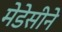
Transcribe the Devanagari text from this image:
मेडेसीने